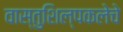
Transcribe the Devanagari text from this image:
वास्तुशिल्पकलेचे